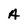
Character: A